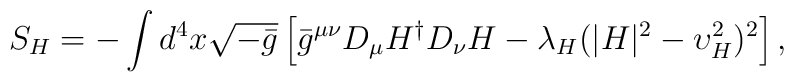
S_H = -\int d^4 x \sqrt{-\bar{g}}\left[\bar{g}^{\mu\nu}D_\mu H^\dagger D_\nu H-\lambda_H(|H|^2 - \upsilon_H^2)^2\right],